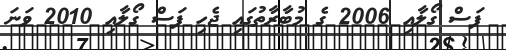
ފަސް ގޯލާއި 2006 ގެ މުބާރާތުގައި ޖެހި ފަސް ގޯލާއި 2010 ވަނަ